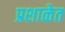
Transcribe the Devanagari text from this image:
प्रशाळेत